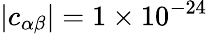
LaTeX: |c_{\alpha\beta}|=1\times 10^{-24}